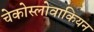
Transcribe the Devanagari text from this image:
चेकोस्लोवाकियन